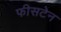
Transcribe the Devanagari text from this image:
फीसटेन